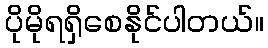
ပိုမိုရရှိစေနိုင်ပါတယ်။